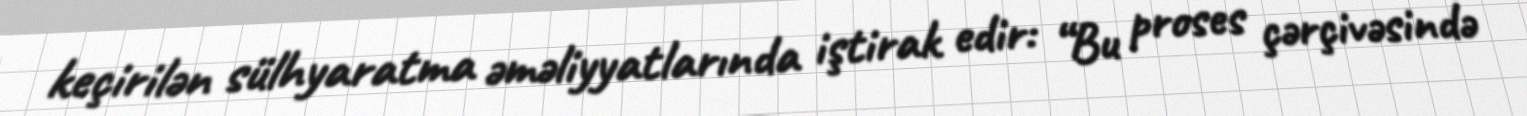
keçirilən sülhyaratma əməliyyatlarında iştirak edir: “Bu proses çərçivəsində